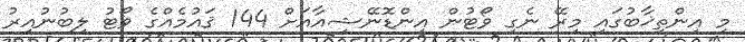
މި އިންތިޚާބުގައި މިރޭ ނެގި ވޯޓުން އިންޑޮނޭޝިއާއަށް 144 ޤައުމެއްގެ ވޯޓު ލިބުނުއިރު